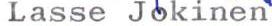
Lasse Jokinen